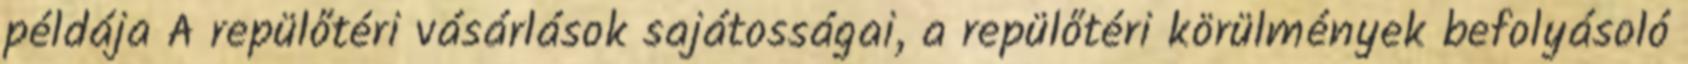
példája A repülőtéri vásárlások sajátosságai, a repülőtéri körülmények befolyásoló